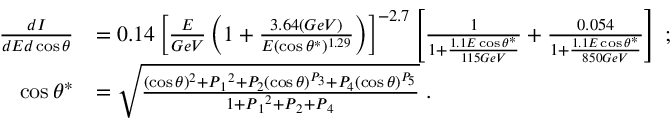
\begin{array} { r l } { \frac { d I } { d E d \cos { \theta } } } & { = 0 . 1 4 \left[ \frac { E } { G e V } \left( 1 + \frac { 3 . 6 4 ( G e V ) } { E ( \cos \theta ^ { \ast } ) ^ { 1 . 2 9 } } \right) \right] ^ { - 2 . 7 } \left[ \frac { 1 } { 1 + \frac { 1 . 1 E \cos \theta ^ { \ast } } { 1 1 5 G e V } } + \frac { 0 . 0 5 4 } { 1 + \frac { 1 . 1 E \cos \theta ^ { \ast } } { 8 5 0 G e V } } \right] \; ; } \\ { \cos \theta ^ { \ast } } & { = \sqrt { \frac { ( \cos \theta ) ^ { 2 } + P { _ 1 } ^ { 2 } + P _ { 2 } ( \cos \theta ) ^ { P _ { 3 } } + P _ { 4 } ( \cos \theta ) ^ { P _ { 5 } } } { 1 + P { _ 1 } ^ { 2 } + P { _ 2 } + P { _ 4 } } } \; . } \end{array}